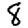
Digit: 8